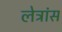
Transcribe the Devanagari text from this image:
लेट्रांस